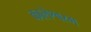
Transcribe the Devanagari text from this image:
कालेश्वरम